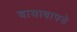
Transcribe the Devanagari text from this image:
बायाबापडे